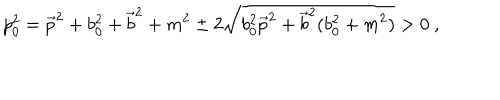
p _ { 0 } ^ { 2 } = \vec { p } ^ { 2 } + b _ { 0 } ^ { 2 } + \vec { b } ^ { 2 } + m ^ { 2 } \pm 2 \sqrt { b _ { 0 } ^ { 2 } \vec { p } ^ { 2 } + \vec { b } ^ { 2 } ( b _ { 0 } ^ { 2 } + m ^ { 2 } ) } > 0 \ ,